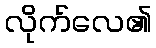
လိုက်လေ၏